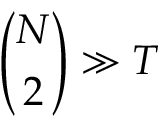
{ \binom { N } { 2 } } \gg T